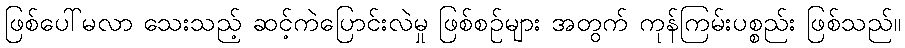
ဖြစ်ပေါ်မလာ သေးသည့် ဆင့်ကဲပြောင်းလဲမှု ဖြစ်စဉ်များ အတွက် ကုန်ကြမ်းပစ္စည်း ဖြစ်သည်။